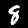
Digit: 8